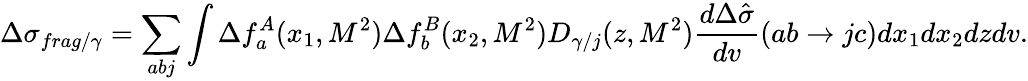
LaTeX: \Delta\sigma_{frag/\gamma}=\sum_{abj}\int\Delta f_{a}^{A}(x_{1},M^{2})\Delta f_{b}^{B}(x_{2},M^{2})D_{\gamma/j}(z,M^{2})\frac{d\Delta\hat{\sigma}}{dv}(ab\rightarrow jc)dx_{1}dx_{2}dzdv.